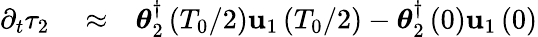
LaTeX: \begin{array}{rlr}{\partial_{t}\tau_{2}}&{{}\approx}&{\boldsymbol{\theta}_{2}^{\dagger}\left(T_{0}/2\right)\mathbf{u}_{1}\left(T_{0}/2\right)-\boldsymbol{\theta}_{2}^{\dagger}\left(0\right)\mathbf{u}_{1}\left(0\right)}\end{array}